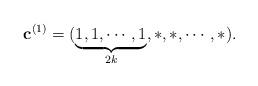
LaTeX: \begin{align*}\mathbf{c}^{(1)}=(\underbrace{1,1,\cdots,1}_{2k},\ast,\ast,\cdots,\ast).\end{align*}